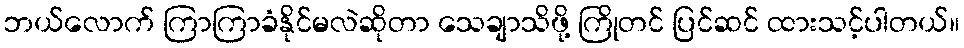
ဘယ်လောက် ကြာကြာခံနိုင်မလဲဆိုတာ သေချာသိဖို့ ကြိုတင် ပြင်ဆင် ထားသင့်ပါတယ်။